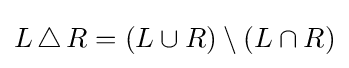
L\,\triangle \,R=(L\cup R)\setminus (L\cap R)